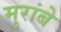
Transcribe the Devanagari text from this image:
मुरांबे